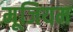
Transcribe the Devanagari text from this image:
मूजियम